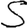
Digit: 5